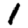
Digit: 1